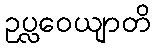
ဥပ္လဝေယျာတိ